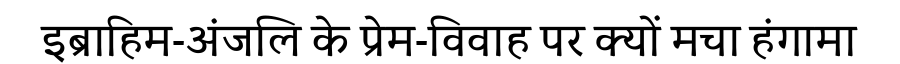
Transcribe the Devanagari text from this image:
इब्राहिम-अंजलि के प्रेम-विवाह पर क्यों मचा हंगामा